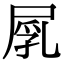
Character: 𡲐